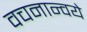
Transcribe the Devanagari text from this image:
वचनान्वये